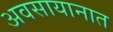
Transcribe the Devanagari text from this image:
अवसायानात